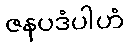
ဇနပဒံပါဟံ